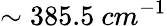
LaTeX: \sim 385.5\ cm^{-1}